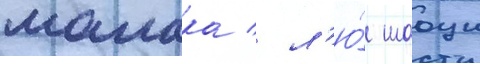
малака / л'ю́ шаоци